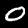
Digit: 0